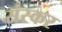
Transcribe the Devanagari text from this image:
संस्कर